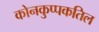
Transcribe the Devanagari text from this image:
कोनकुप्पकतिल